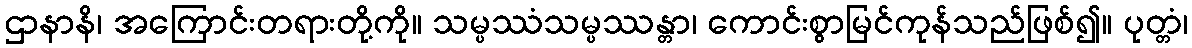
ဌာနာနိ၊ အကြောင်းတရားတို့ကို။ သမ္ပဿံသမ္ပဿန္တာ၊ ကောင်းစွာမြင်ကုန်သည်ဖြစ်၍။ ပုတ္တံ၊